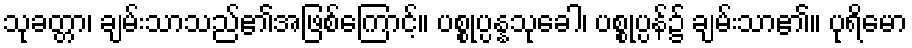
သုခတ္တာ၊ ချမ်းသာသည်၏အဖြစ်ကြောင့်။ ပစ္စုပ္ပန္နသုခေါ၊ ပစ္စုပ္ပန်၌ ချမ်းသာ၏။ ပုရိမော